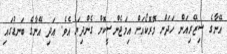
އޭނާގެ ސިޒޭރިއަން ހަދަން މޮރޮކޯއަށް އިމަޖެންސީކޮށް ގެންދިޔަ އެވެ. އަދި އޭނާގެ ބަނޑުގައި